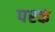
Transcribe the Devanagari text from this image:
परकं